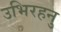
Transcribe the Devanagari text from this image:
उभिरहनु